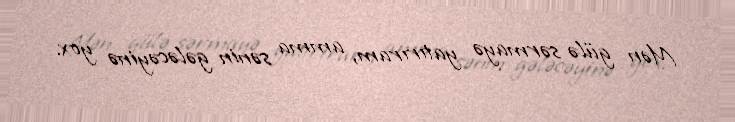
Mən gülə sərmayə yatırıram, amma sənin gələcəyinə yox.